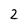
Character: 2